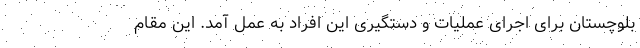
بلوچستان برای اجرای عملیات و دستگیری این افراد به عمل آمد. این مقام